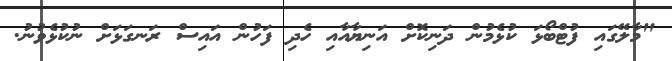
"މާލޭގައި ފުޓްބޯޅަ ކުޅެމުން ދަނިކޮށް އަނިޔާއާއި ހެދި ފަހުން އައިސް ރަނގަޅަށް ނުކުޅެވުނު.